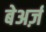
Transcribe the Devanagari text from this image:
बेअर्ज़